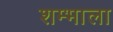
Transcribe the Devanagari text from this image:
शम्भाला